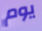
يوم